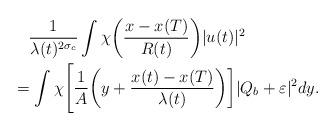
LaTeX: \begin{align*}&\quad\frac{1}{\lambda(t)^{2\sigma_c}}\int\chi\bigg{(}\frac{x-x(T)}{R(t)}\bigg{)}|u(t)|^2\\&=\int\chi\Bigg{[}\frac{1}{A}\bigg{(}y+\frac{x(t)-x(T)}{\lambda(t)}\bigg{)}\bigg{]}|Q_{b}+\varepsilon|^2dy.\end{align*}